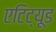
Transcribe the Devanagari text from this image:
एटिट्यूड